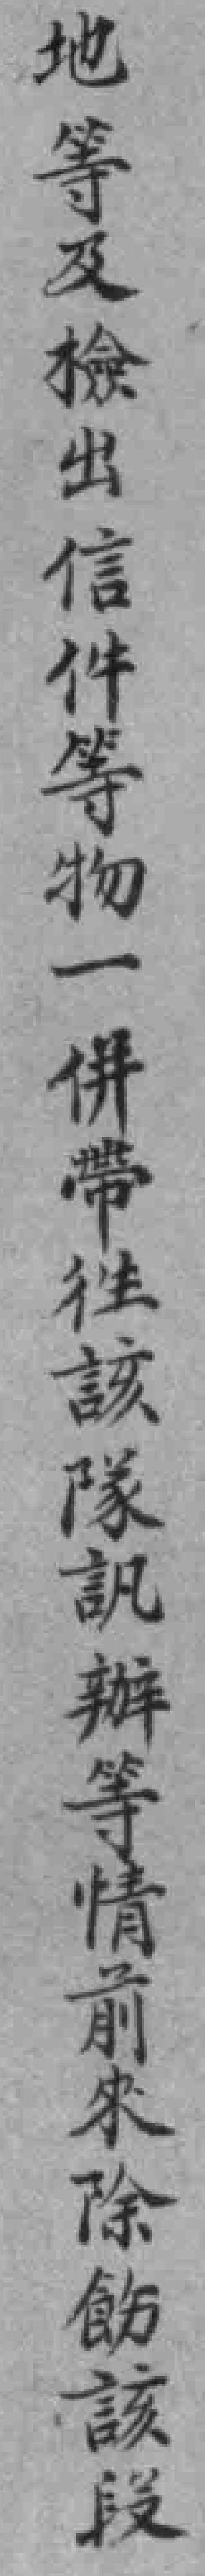
地等及檢出信件等物一併带往該隊訊辦等情前來除飭該段